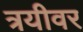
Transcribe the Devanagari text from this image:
त्रयीवर